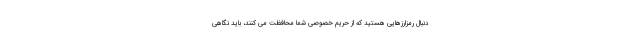
دنبال رمزارزهایی هستید که از حریم خصوصی شما محافظت می کنند، باید نگاهی